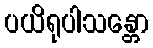
ပယိရုပါသန္တော